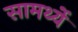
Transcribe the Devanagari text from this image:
सामर्थ्ये